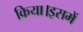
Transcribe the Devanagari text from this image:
किया।इसमें